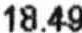
18.49